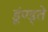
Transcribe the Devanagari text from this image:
डूंण्ड्ते